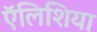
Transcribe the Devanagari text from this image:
ऍलिशिया